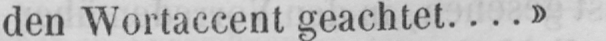
den Wortaccent geachtet....»